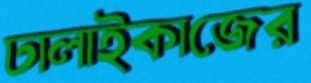
ঢালাইকাজের